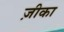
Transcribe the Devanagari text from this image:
ज़ीका